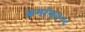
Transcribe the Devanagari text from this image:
क्रमांक३०८